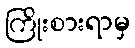
ကြိုးစားရာမှ